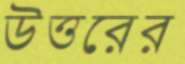
উত্তরের